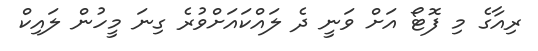
ރިއާގެ މި ފޮޓޯ އަށް ވަނީ ދެ ލައްކައަށްވުރެ ގިނަ މީހުން ލައިކް